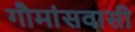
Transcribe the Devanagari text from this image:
गौमांसवासी